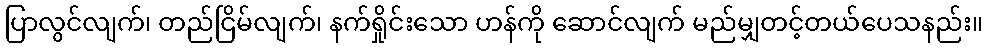
ပြာလွင်လျက်၊ တည်ငြိမ်လျက်၊ နက်ရှိုင်းသော ဟန်ကို ဆောင်လျက် မည်မျှတင့်တယ်ပေသနည်း။